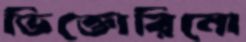
ভিক্তোরিনো